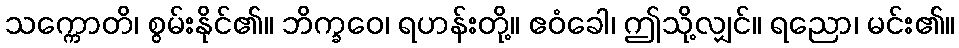
သက္ကောတိ၊ စွမ်းနိုင်၏။ ဘိက္ခဝေ၊ ရဟန်းတို့။ ဧဝံခေါ၊ ဤသို့လျှင်။ ရညော၊ မင်း၏။